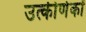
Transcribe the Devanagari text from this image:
उत्‍कीर्णकों